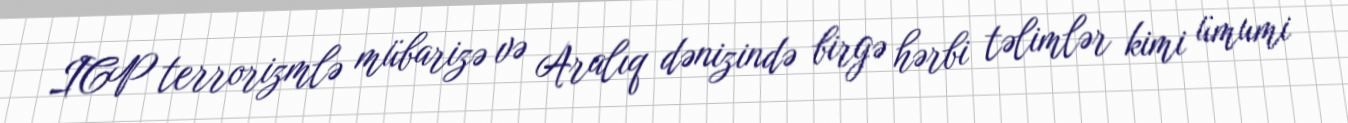
ICP terrorizmlə mübarizə və Aralıq dənizində birgə hərbi təlimlər kimi ümumi